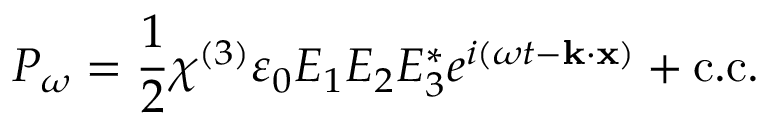
P _ { \omega } = { \frac { 1 } { 2 } } \chi ^ { ( 3 ) } \varepsilon _ { 0 } E _ { 1 } E _ { 2 } E _ { 3 } ^ { * } e ^ { i ( \omega t - \mathbf { k } \cdot \mathbf { x } ) } + { \mathrm { c . c . } }